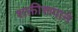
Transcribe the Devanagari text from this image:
शक्तीरूपाने